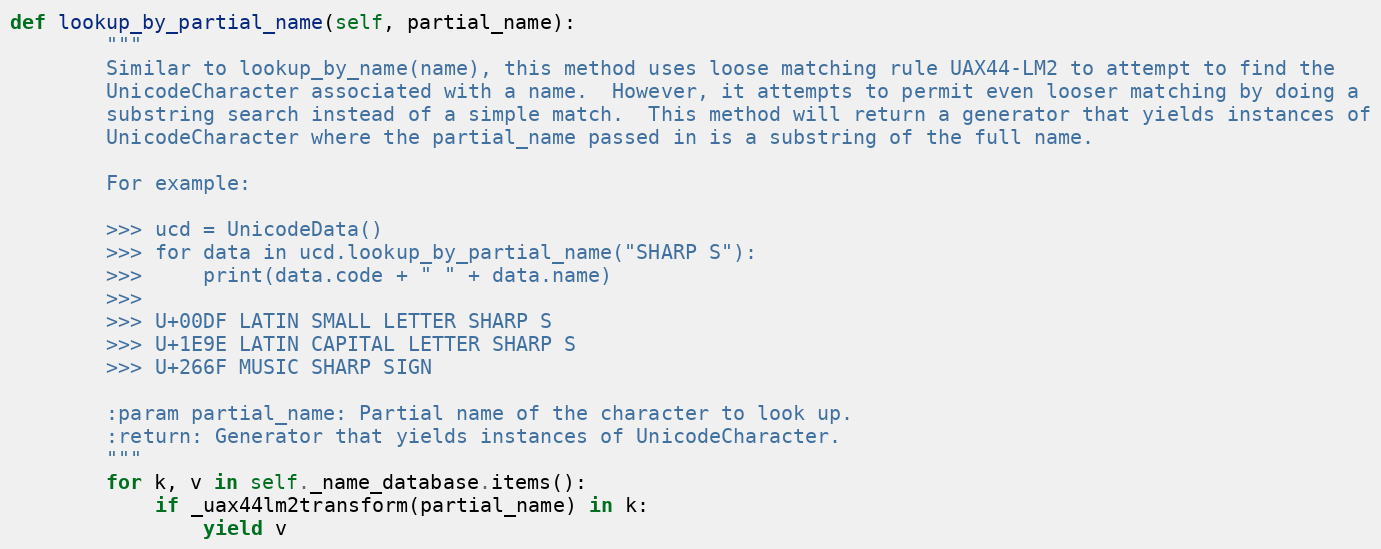
Language: Python
def lookup_by_partial_name(self, partial_name):
        """
        Similar to lookup_by_name(name), this method uses loose matching rule UAX44-LM2 to attempt to find the
        UnicodeCharacter associated with a name.  However, it attempts to permit even looser matching by doing a
        substring search instead of a simple match.  This method will return a generator that yields instances of
        UnicodeCharacter where the partial_name passed in is a substring of the full name.

        For example:

        >>> ucd = UnicodeData()
        >>> for data in ucd.lookup_by_partial_name("SHARP S"):
        >>>     print(data.code + " " + data.name)
        >>>
        >>> U+00DF LATIN SMALL LETTER SHARP S
        >>> U+1E9E LATIN CAPITAL LETTER SHARP S
        >>> U+266F MUSIC SHARP SIGN

        :param partial_name: Partial name of the character to look up.
        :return: Generator that yields instances of UnicodeCharacter.
        """
        for k, v in self._name_database.items():
            if _uax44lm2transform(partial_name) in k:
                yield v